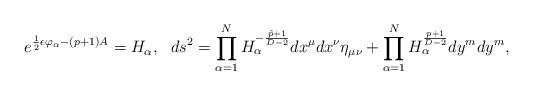
LaTeX: \begin{align*}e^{{1\over 2}\epsilon\varphi_{\alpha}-(p+1)A}=H_{\alpha},\ \ ds^2=\prod^N_{\alpha=1}H^{-{{\tilde{p}+1}\over{D-2}}}_{\alpha}dx^{\mu}dx^{\nu}\eta_{\mu\nu}+\prod^N_{\alpha=1}H^{{p+1}\over{D-2}}_{\alpha}dy^mdy^m,\end{align*}